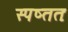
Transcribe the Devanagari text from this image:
स्पष्ततः